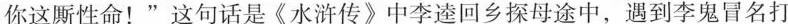
你这厮性命！”这句话是《水浒传》中李逵回乡探母途中，遇到李鬼冒名打